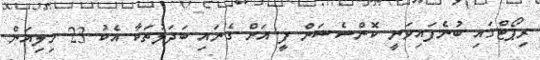
ރިޕޯޓްގައި ބުނެފައިވަނީ ކޮންސެޝަން ފީ އަށް ގެނައި ބަދަލުތަކާ އެކު 23 މިލިއަން